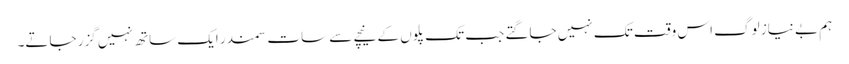
ہم بے نیاز لوگ اس وقت تک نہیں جاگتے جب تک پلوں کے نیچے سے سات سمندر ایک ساتھ نہیں گزر جاتے۔